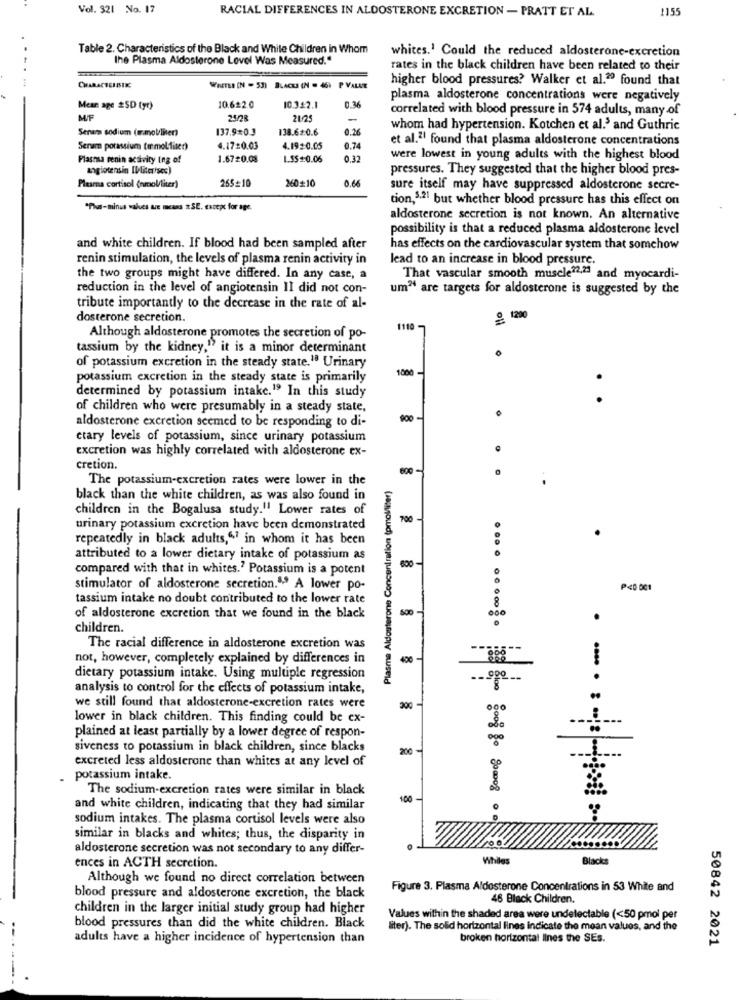
Vol. 321 No. 17
1155
RACIAL DIFFERENCES IN ALDOSTERONE EXCRETION - PRATT ET AL.
Table 2. Characteristics of the Black and White Children in Whom
the Plasma Aldosterone Level Was Measured."
whites.' Could the reduced aldosterone-excretion
rates in the black children have been related to their
higher blood pressures? Walker et al.20 found that
WHITEI (N = 53) BLACK (N = 46) P VALUE
plasma aldosterone concentrations were negatively
Mean age 25D (yr)
10.622.0
10.322.1
0.36
correlated with blood pressure in 574 adults, many of
M/F
25/28
21/25
Senan sodium (mmol/liter)
137.9*0.3
138.62:0.6
0.26
whom had hypertension. Kotchen et al.' and Guthrie
et al.2| found that plasma aldosterone concentrations
Seram potassium termolfiser)
4.17:0.03
4.1920.05
0.74
Plasma renin activity ing of
1.6720.08
1.SS :0.06
0.32
were lowest in young adults with the highest blood
angiotensin IV/liter'ses)
pressures. They suggested that the higher blood pres-
Plasma cortisol (nmol/liter)
265=10
260+10
0.65
sure itself may have suppressed aldosterone secre-
tion,5.21 but whether blood pressure has this effect on
"The-minut wakes Le means = SE. except for age.
aldosterone secretion is not known. An alternative
possibility is that a reduced plasma aldosterone level
and white children. If blood had been sampled after
has effects on the cardiovascular system that somchow
renin stimulation, the levels of plasma renin activity in
lead to an increase in blood pressure.
the two groups might have differed. In any case, a
That vascular smooth muscle?2,21 and myocardi-
reduction in the level of angiotensin II did not con-
um" are targets for aldosterone is suggested by the
tribute importantly to the decrease in the rate of al-
dosterone secretion.
9. 1200
1110-
Although aldosterone promotes the secretion of po-
tassium by the kidney," it is a minor determinant
of potassium excretion in the steady state.10 Urinary
1000
potassium excretion in the steady state is primarily
determined by potassium intake.19 In this study
.
of children who were presumably in a steady state,
aldosterone excretion seemed to be responding to di-
ctary levels of potassium, since urinary potassium
excretion was highly correlated with aldosterone ex-
cretion.
600
The potassium-excretion rates were lower in the
Plasma Aldosterone Concentration (pmol/liter)
black than the white children, as was also found in
children in the Bogalusa study." Lower rates of
700
urinary potassium excretion have been demonstrated
repeatedly in black adults,",7 in whom it has been
attributed to a lower dietary intake of potassium as
compared with that in whites.7 Potassium is a potent
stimulator of aldosterone secretion."" A lower po-
tassium intake no doubt contributed to the lower rate
500
of aldosterone excretion that we found in the black
children.
...........
The racial difference in aldosterone excretion was
not, however, completely explained by differences in
400
dietary potassium intake. Using multiple regression
analysis to control for the effects of potassium intake,
oloo
we still found that aldosterone-excretion rates were
200
lower in black children. This finding could be ex-
plained at least partially by a lower degree of respon-
siveness to potassium in black children, since blacks
200
excreted less aldosterone than whites at any level of
potassium intake.
The sodium-excretion rates were similar in black
100
and white children, indicating that they had similar
sodium intakes. The plasma cortisol levels were also
008 0 80008 00
similar in blacks and whites; thus, the disparity in
aldosterone secretion was not secondary to any differ-
Whiles
Blacks
ences in ACTH secretion.
Although we found no direct correlation between
Figure 3. Plasma Aldosterone Concentrations in 53 White and
blood pressure and aldosterone excretion, the black
46 Black Children.
children in the larger initial study group had higher
Values within the shaded area were undetectable (<50 pmol per
blood pressures than did the white children. Black
liter). The solid horizontal lines indicate the mean values, and the
adults have a higher incidence of hypertension than
broken horizontal lines the SEs.
50842 2021